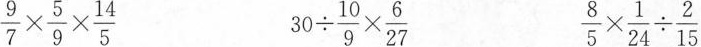
$$\frac { 9 } { 7 } \times \frac { 5 } { 9 } \times \frac { 1 4 } { 5 }$$ $$3 0 \div \frac { 1 0 } { 9 } \times \frac { 6 } { 2 7 }$$ $$\frac { 8 } { 5 } \times \frac { 1 } { 2 4 } \div \frac { 2 } { 1 5 }$$